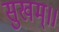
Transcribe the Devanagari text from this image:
सुखम्॥